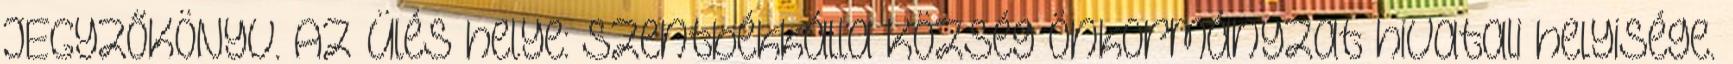
JEGYZŐKÖNYV. Az ülés helye: Szentbékkálla Község Önkormányzat hivatali helyisége.